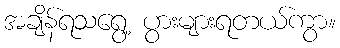
အချိန်ရသရွေ့ ပွားများရတယ်ကွာ။